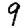
Digit: 9